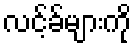
လင့်ခ်များကို